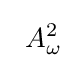
\left.\right.A_{\omega }^{2}